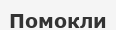
Помокли